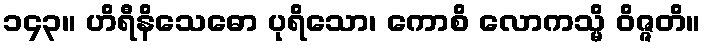
၁၄၃။ ဟိရီနိသေဓော ပုရိသော၊ ကောစိ လောကသ္မိ ဝိဇ္ဇတိ။